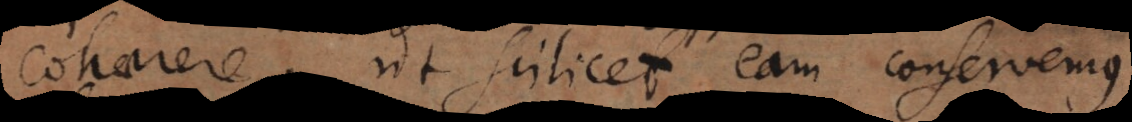
cohaerere, ut scilicet eam conservemus